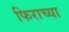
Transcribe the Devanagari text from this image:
फिराच्या